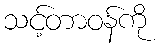
သင့်တာဝန်ကို